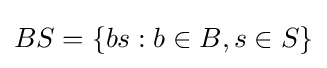
BS=\{bs:b\in B,s\in S\}